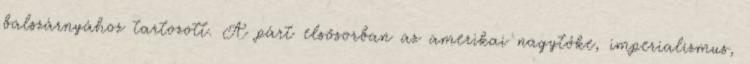
balszárnyához tartozott. A párt elsősorban az amerikai nagytőke, imperializmus,